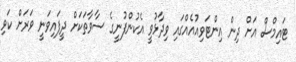
ޓައިމްސް އަށް ދިން އިންޓަވިއުއެއްގައި ވިދާޅުވީ އެކުންފުނީގެ ސާވާތަކަށް ދީފައިވަނީ ވަރަށް ކަވި